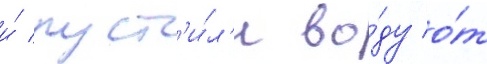
и́ пуст'и́л'и во́ду о́т